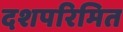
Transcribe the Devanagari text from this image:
दशपरिमित